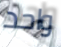
واحد